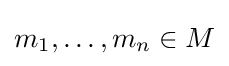
m_{1},\dots ,m_{n}\in M